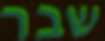
שבר